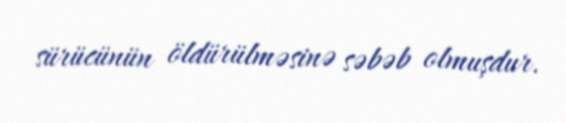
sürücünün öldürülməsinə səbəb olmuşdur.